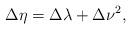
LaTeX: \begin{align*}\Delta\eta=\Delta\lambda+\Delta\nu^2,\end{align*}